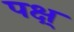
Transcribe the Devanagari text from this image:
पक्ष्